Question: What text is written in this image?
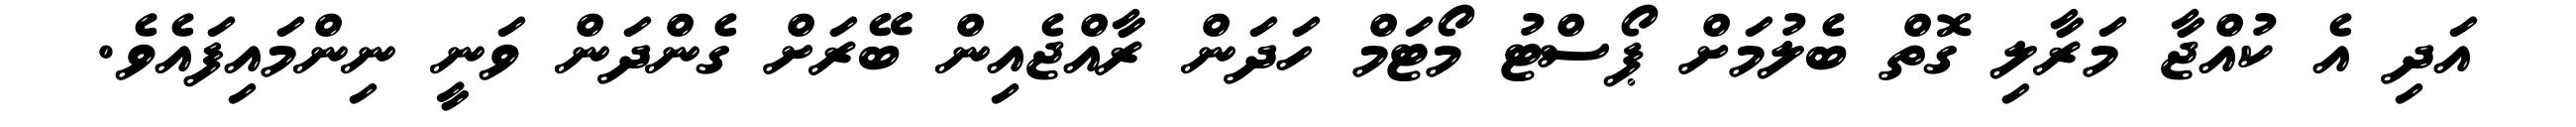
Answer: އަދި އެ ކުއްޖާ މަރާލި ގޮތް ބެލުމަށް ޕޯސްޓު މޯޓަމް ހަދަން ރާއްޖެއިން ބޭރަށް ގެންދަން ވަނީ ނިންމައިފައެވެ.